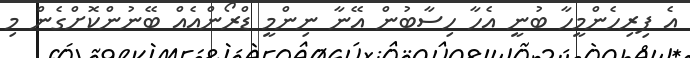
އެ ފިރިހެންމީހާ ބުނީ އެހާ ހިސާބުން އޭނާ ނިންމީ ޑްރޯންއެއް ބޭނުންކޮށްގެން މި